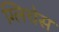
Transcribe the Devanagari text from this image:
ग्लिचेस